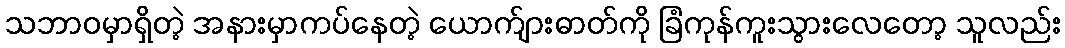
သဘာဝမှာရှိတဲ့ အနားမှာကပ်နေတဲ့ ယောက်ျားဓာတ်ကို ခြံကုန်ကူးသွားလေတော့ သူလည်း